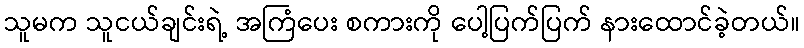
သူမက သူငယ်ချင်းရဲ့ အကြံပေး စကားကို ပေါ့ပြက်ပြက် နားထောင်ခဲ့တယ်။